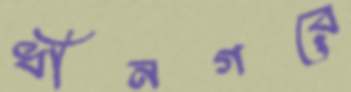
ধীনগরে